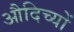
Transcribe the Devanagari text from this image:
औदिच्यों